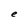
Character: e